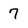
Character: 7